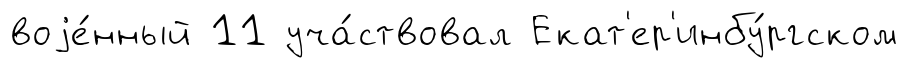
воjе́нный 11 уча́ствовал Екат'ер'инбу́ргском